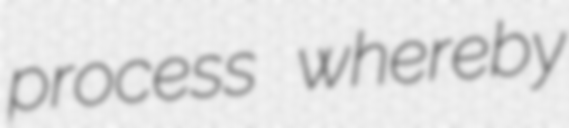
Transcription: process whereby